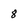
Character: 8